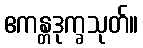
ဧကန္တဒုက္ခသုတ်။